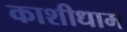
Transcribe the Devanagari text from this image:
काशीधाम